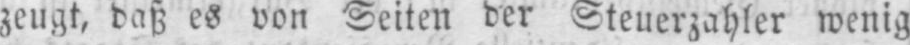
zeugt, daß es von Seiten der Steuerzahler wenig